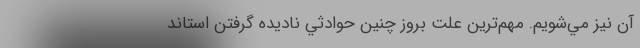
آن نيز مي‌شويم. مهم‌ترين علت بروز چنين حوادثي ناديده گرفتن استاند